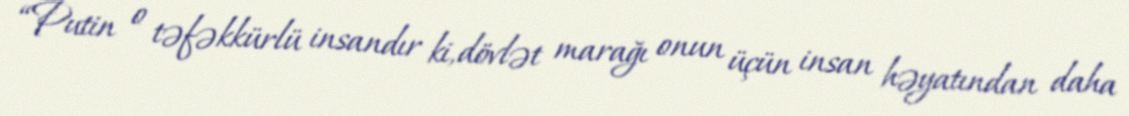
“Putin o təfəkkürlü insandır ki, dövlət marağı onun üçün insan həyatından daha